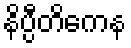
နိပ္ပီတိကေန